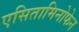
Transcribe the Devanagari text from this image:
एसितामिनोफेन